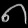
Digit: ၈